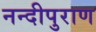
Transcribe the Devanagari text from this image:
नन्दीपुराण